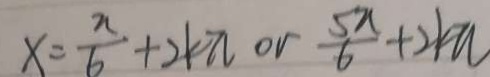
x = \frac { \pi } { 6 } + 2 k \pi o v \frac { 5 \pi } { 6 } + 2 k \pi